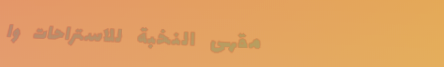
مقهى النخبة للاستراحات وا